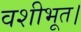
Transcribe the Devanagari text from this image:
वशीभूत।